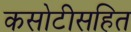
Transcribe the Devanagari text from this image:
कसोटीसहित